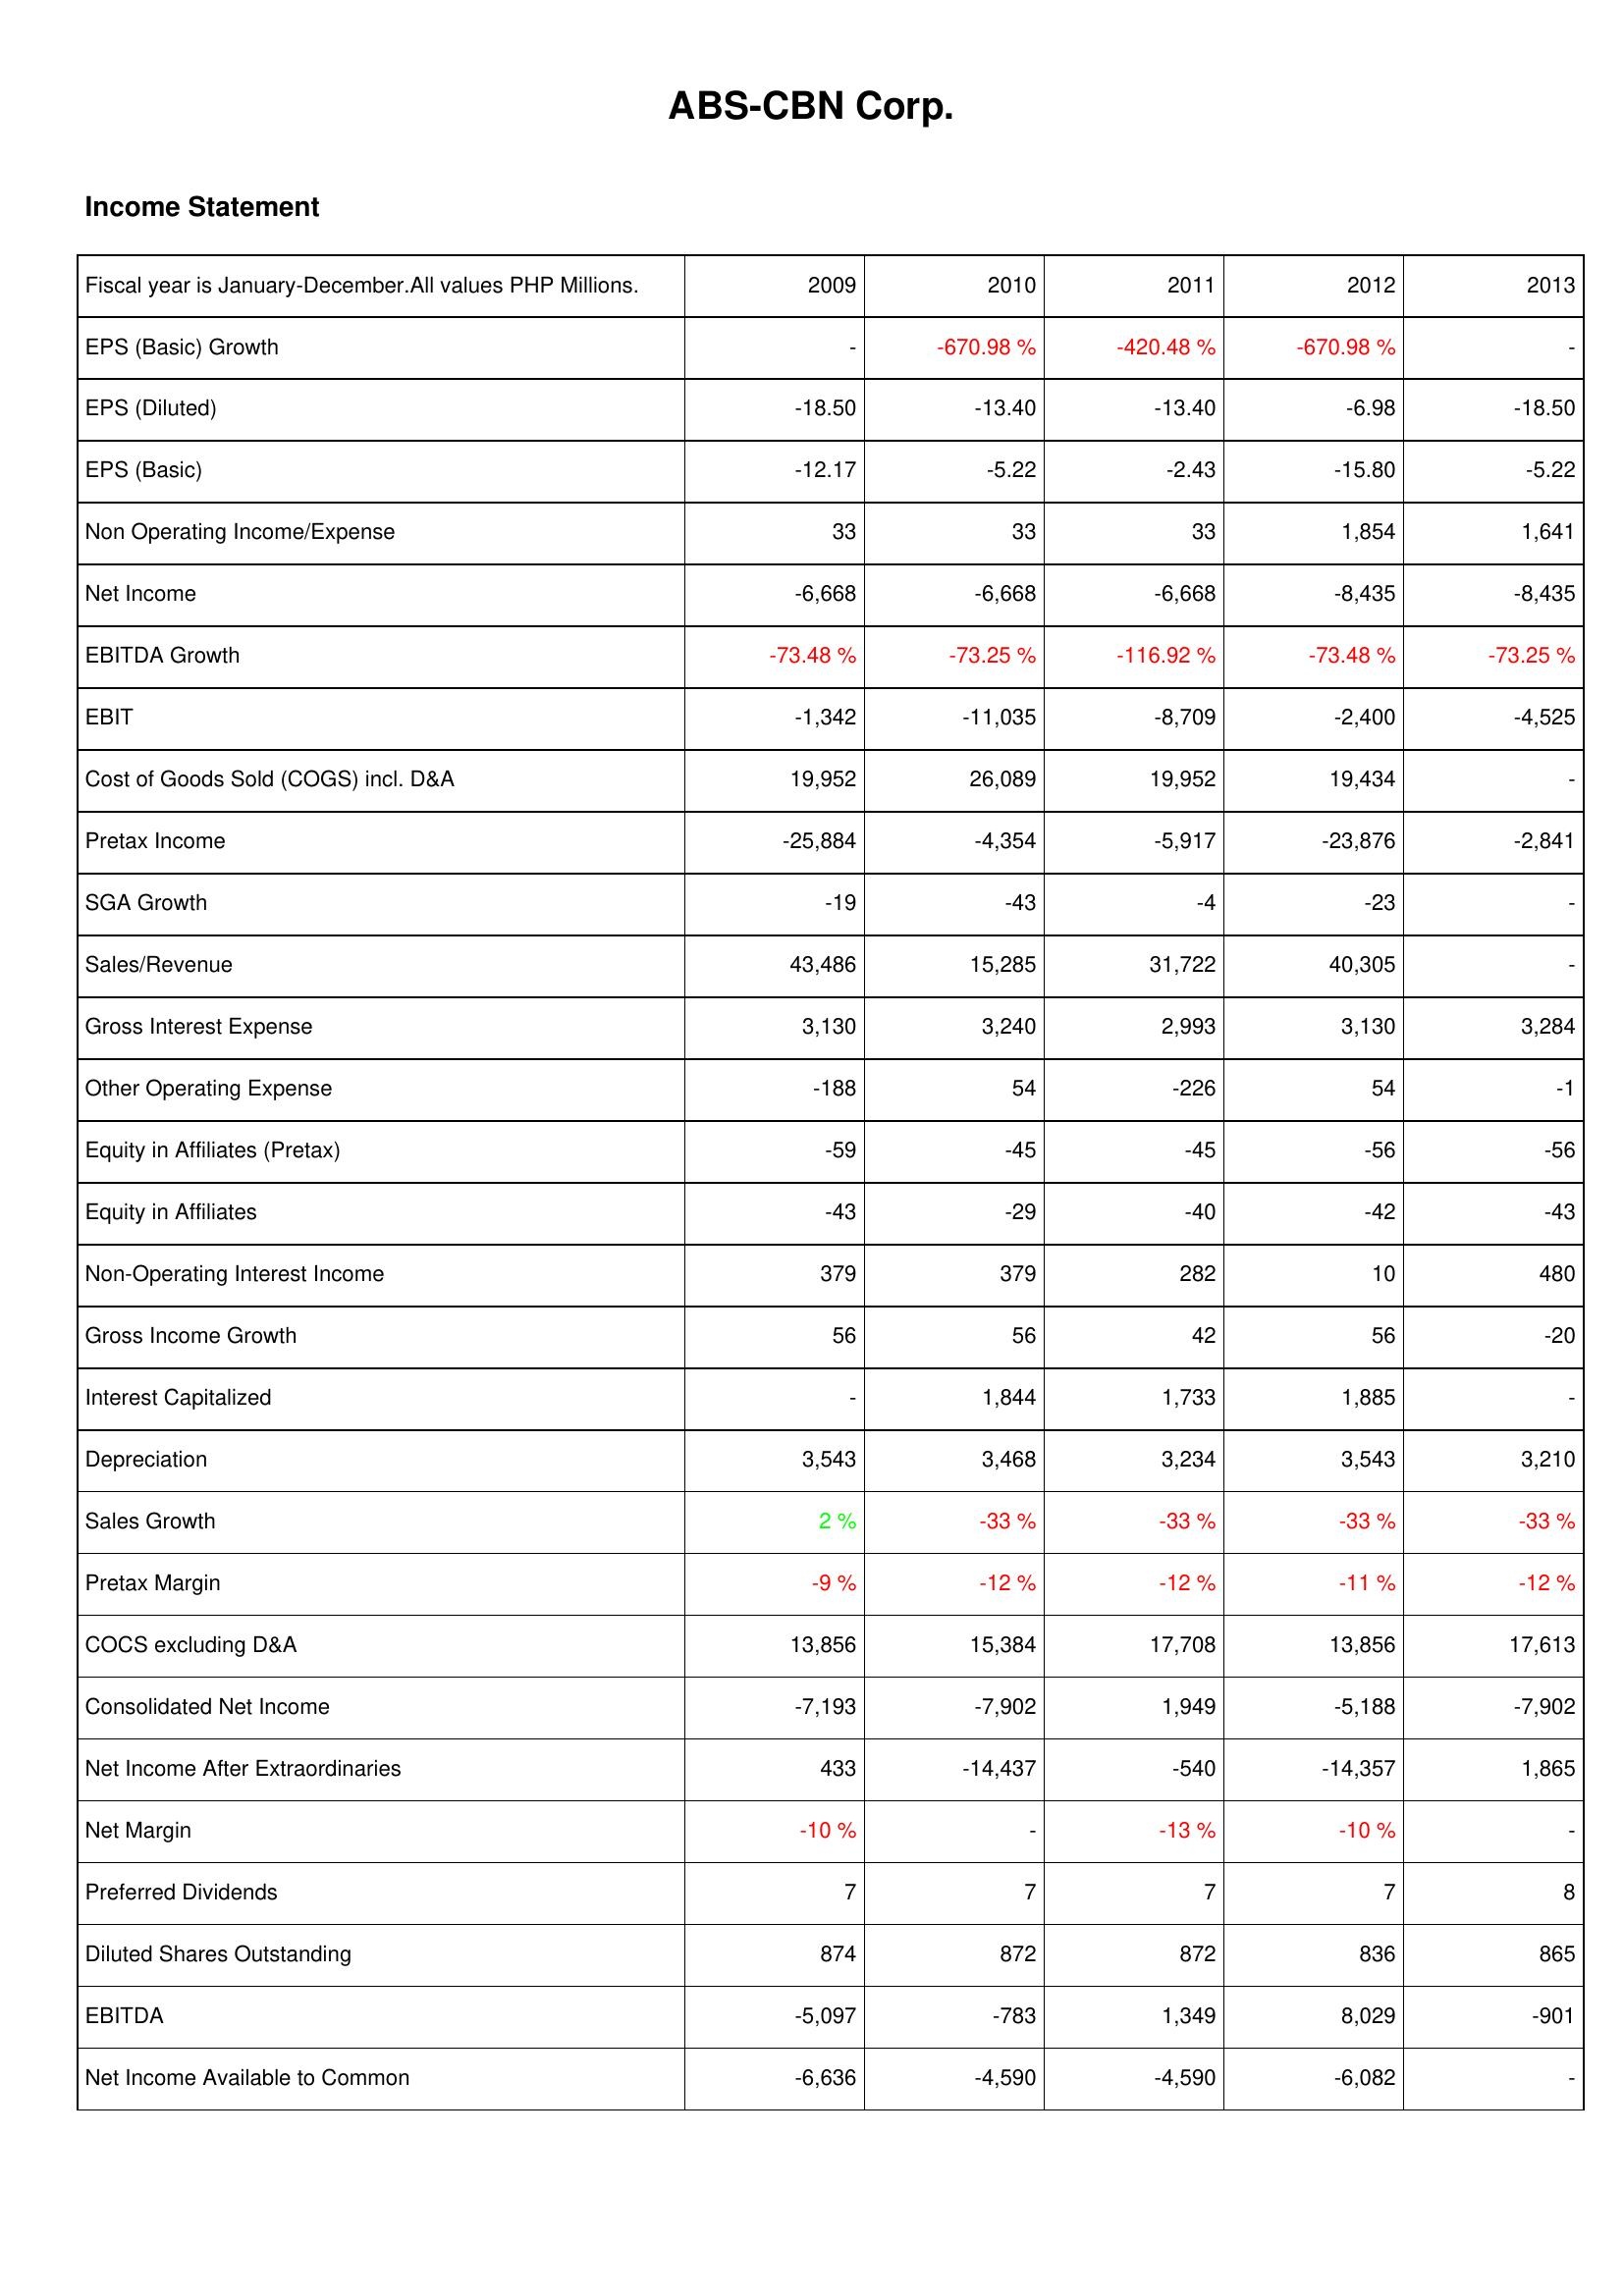
2009: Income Statement: EPS (Basic) Growth: -
EPS (Diluted): -18.50
EPS (Basic): -12.17
Non Operating Income/Expense: 33
Net Income: -6,668
EBITDA Growth: -73.48 %
EBIT: -1,342
Cost of Goods Sold (COGS) incl. D&A: 19,952
Pretax Income: -25,884
SGA Growth: -19
Sales/Revenue: 43,486
Gross Interest Expense: 3,130
Other Operating Expense: -188
Equity in Affiliates (Pretax): -59
Equity in Affiliates: -43
Non-Operating Interest Income: 379
Gross Income Growth: 56
Interest Capitalized: -
Depreciation: 3,543
Sales Growth: 2 %
Pretax Margin: -9 %
COCS excluding D&A: 13,856
Consolidated Net Income: -7,193
Net Income After Extraordinaries: 433
Net Margin: -10 %
Preferred Dividends: 7
Diluted Shares Outstanding: 874
EBITDA: -5,097
Net Income Available to Common: -6,636
2010: Income Statement: EPS (Basic) Growth: -670.98 %
EPS (Diluted): -13.40
EPS (Basic): -5.22
Non Operating Income/Expense: 33
Net Income: -6,668
EBITDA Growth: -73.25 %
EBIT: -11,035
Cost of Goods Sold (COGS) incl. D&A: 26,089
Pretax Income: -4,354
SGA Growth: -43
Sales/Revenue: 15,285
Gross Interest Expense: 3,240
Other Operating Expense: 54
Equity in Affiliates (Pretax): -45
Equity in Affiliates: -29
Non-Operating Interest Income: 379
Gross Income Growth: 56
Interest Capitalized: 1,844
Depreciation: 3,468
Sales Growth: -33 %
Pretax Margin: -12 %
COCS excluding D&A: 15,384
Consolidated Net Income: -7,902
Net Income After Extraordinaries: -14,437
Net Margin: -
Preferred Dividends: 7
Diluted Shares Outstanding: 872
EBITDA: -783
Net Income Available to Common: -4,590
2011: Income Statement: EPS (Basic) Growth: -420.48 %
EPS (Diluted): -13.40
EPS (Basic): -2.43
Non Operating Income/Expense: 33
Net Income: -6,668
EBITDA Growth: -116.92 %
EBIT: -8,709
Cost of Goods Sold (COGS) incl. D&A: 19,952
Pretax Income: -5,917
SGA Growth: -4
Sales/Revenue: 31,722
Gross Interest Expense: 2,993
Other Operating Expense: -226
Equity in Affiliates (Pretax): -45
Equity in Affiliates: -40
Non-Operating Interest Income: 282
Gross Income Growth: 42
Interest Capitalized: 1,733
Depreciation: 3,234
Sales Growth: -33 %
Pretax Margin: -12 %
COCS excluding D&A: 17,708
Consolidated Net Income: 1,949
Net Income After Extraordinaries: -540
Net Margin: -13 %
Preferred Dividends: 7
Diluted Shares Outstanding: 872
EBITDA: 1,349
Net Income Available to Common: -4,590
2012: Income Statement: EPS (Basic) Growth: -670.98 %
EPS (Diluted): -6.98
EPS (Basic): -15.80
Non Operating Income/Expense: 1,854
Net Income: -8,435
EBITDA Growth: -73.48 %
EBIT: -2,400
Cost of Goods Sold (COGS) incl. D&A: 19,434
Pretax Income: -23,876
SGA Growth: -23
Sales/Revenue: 40,305
Gross Interest Expense: 3,130
Other Operating Expense: 54
Equity in Affiliates (Pretax): -56
Equity in Affiliates: -42
Non-Operating Interest Income: 10
Gross Income Growth: 56
Interest Capitalized: 1,885
Depreciation: 3,543
Sales Growth: -33 %
Pretax Margin: -11 %
COCS excluding D&A: 13,856
Consolidated Net Income: -5,188
Net Income After Extraordinaries: -14,357
Net Margin: -10 %
Preferred Dividends: 7
Diluted Shares Outstanding: 836
EBITDA: 8,029
Net Income Available to Common: -6,082
2013: Income Statement: EPS (Basic) Growth: -
EPS (Diluted): -18.50
EPS (Basic): -5.22
Non Operating Income/Expense: 1,641
Net Income: -8,435
EBITDA Growth: -73.25 %
EBIT: -4,525
Cost of Goods Sold (COGS) incl. D&A: -
Pretax Income: -2,841
SGA Growth: -
Sales/Revenue: -
Gross Interest Expense: 3,284
Other Operating Expense: -1
Equity in Affiliates (Pretax): -56
Equity in Affiliates: -43
Non-Operating Interest Income: 480
Gross Income Growth: -20
Interest Capitalized: -
Depreciation: 3,210
Sales Growth: -33 %
Pretax Margin: -12 %
COCS excluding D&A: 17,613
Consolidated Net Income: -7,902
Net Income After Extraordinaries: 1,865
Net Margin: -
Preferred Dividends: 8
Diluted Shares Outstanding: 865
EBITDA: -901
Net Income Available to Common: -